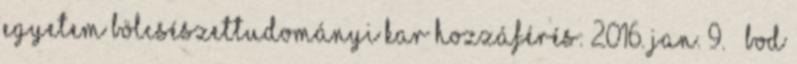
Egyetem Bölcsészettudományi Kar Hozzáférés: 2016. jan. 9. ↑ Bod